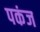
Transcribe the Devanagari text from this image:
पकंज